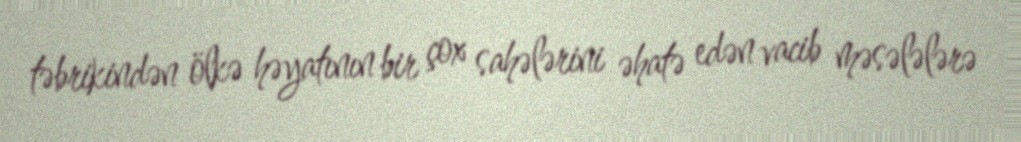
təbrikindən ölkə həyatının bir çox sahələrini əhatə edən vacib məsələlərə